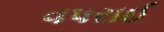
વપરાઈ